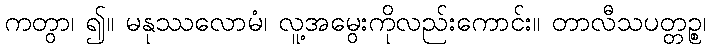
ကတွာ၊ ၍။ မနုဿလောမံ၊ လူ့အမွေးကိုလည်းကောင်း။ တာလီသပတ္တဉ္စ၊